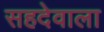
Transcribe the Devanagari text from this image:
सहदेवाला